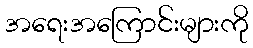
အရေးအကြောင်းများကို